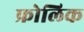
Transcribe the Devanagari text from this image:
फ्रोलिक